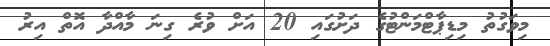
މިވަގުތު މިޑިޕާޓްމަންޓުގެ ދަށުގައި 20 އަށް ވުރެ ގިނަ މާއްދާ އޮތް އިރު